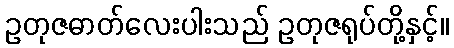
ဥတုဇဓာတ်လေးပါးသည် ဥတုဇရုပ်တို့နှင့်။